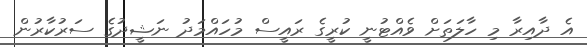
އެ ދާއިރާ މި ހާލަތަށް ވެއްޓުނީ ކުރީގެ ރައީސް މުހައްމަދު ނަޝީދުގެ ސަރުކާރުން